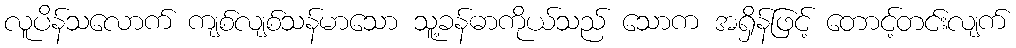
လူပိန်သလောက် ကျစ်လျစ်သန်မာသော သူ့ခန်ဓာကိုယ်သည် သောက အရှိန်ဖြင့် တောင့်တင်းလျက်